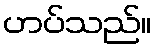
ဟပ်သည်။